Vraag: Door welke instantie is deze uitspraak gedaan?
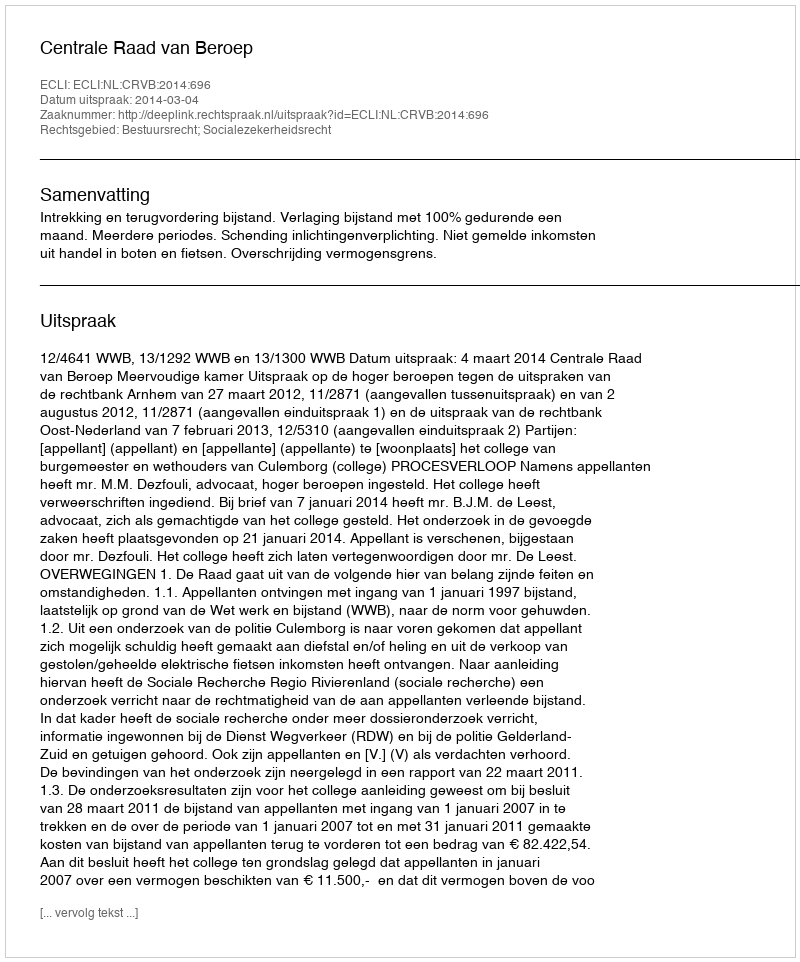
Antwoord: Centrale Raad van Beroep